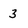
Character: 3